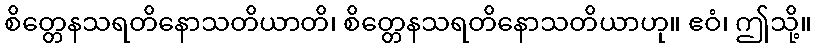
စိတ္တေနသရတိနောသတိယာတိ၊ စိတ္တေနသရတိနောသတိယာဟု။ ဧဝံ၊ ဤသို့။